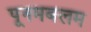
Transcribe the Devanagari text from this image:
पूनमबलम